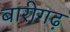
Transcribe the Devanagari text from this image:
बारीगढ़